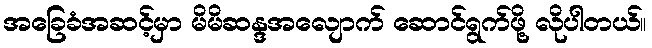
အခြေခံအဆင့်မှာ မိမိဆန္ဒအလျောက် ဆောင်ရွက်ဖို့ လိုပါတယ်။